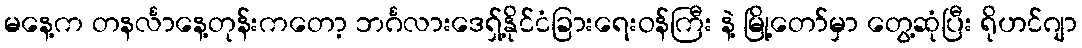
မနေ့က တနင်္လာနေ့တုန်းကတော့ ဘင်္ဂလားဒေရှ့်နိုင်ငံခြားရေးဝန်ကြီး နဲ့ မြို့တော်မှာ တွေ့ဆုံပြီး ရိုဟင်ဂျာ